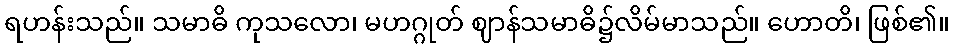
ရဟန်းသည်။ သမာဓိ ကုသလော၊ မဟဂ္ဂုတ် ဈာန်သမာဓိ၌လိမ်မာသည်။ ဟောတိ၊ ဖြစ်၏။